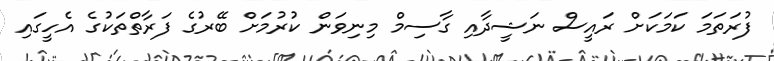
ފުރަތަމަ ކަމަކަށް ރައީސް ނަޝީދާއި ގާސިމް މިނިވަން ކުރުމަށް ބޭރުގެ ފަރާތްތަކުގެ އެހީގައި